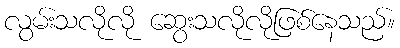
လွမ်းသလိုလို ဆွေးသလိုလိုဖြစ်နေသည်။